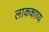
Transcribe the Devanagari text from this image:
लाककाव्य